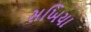
સખિયા